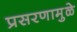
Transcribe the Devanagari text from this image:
प्रसरणामुळे